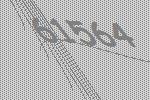
61564